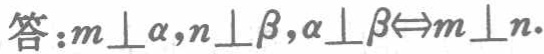
答：\(m\perp\alpha,n\perp\beta,\alpha\perp\beta\Leftrightarrow m\perp n\).